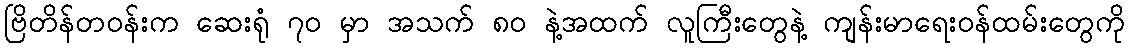
ဗြိတိန်တဝန်းက ဆေးရုံ ၇၀ မှာ အသက် ၈၀ နဲ့အထက် လူကြီးတွေနဲ့ ကျန်းမာရေးဝန်ထမ်းတွေကို